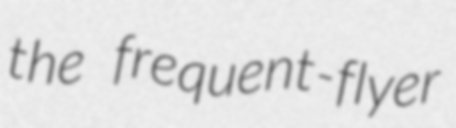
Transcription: the frequent-flyer